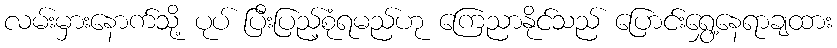
လမ်းမှားနောက်သို့ ပုပ် ပြီးပြည့်စုံရမည်ဟု ကြေညာနိုင်သည် ပြောင်းရွှေ့နေရာချထား